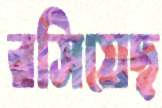
রসিয়েছ